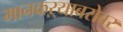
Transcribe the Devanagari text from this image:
मानकऱ्याबरोबर